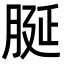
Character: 脠